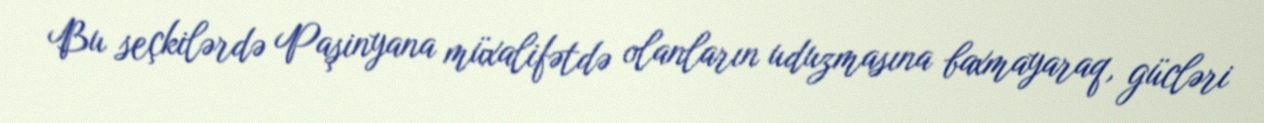
Bu seçkilərdə Paşinyana müxalifətdə olanların uduzmasına baxmayaraq, gücləri